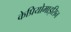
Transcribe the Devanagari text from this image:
केप्रियोमाइसिन